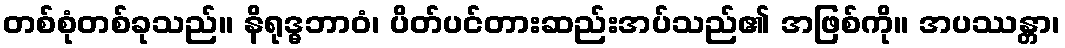
တစ်စုံတစ်ခုသည်။ နိရုဒ္ဓဘာဝံ၊ ပိတ်ပင်တားဆည်းအပ်သည်၏ အဖြစ်ကို။ အပဿန္တာ၊